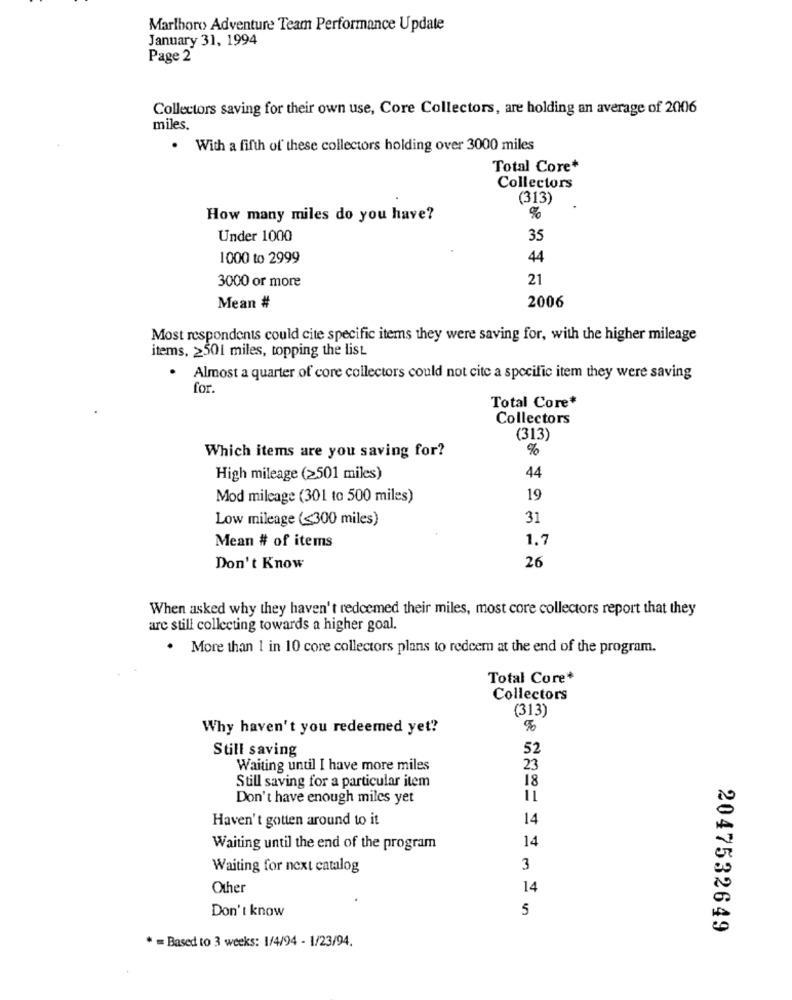
Marlboro Adventure Team Performance Update
January 31, 1994
Page 2
Collectors saving for their own use, Core Collectors, are holding an average of 2006
miles
. With a fifth of these collectors holding over 3000 miles
Total Core*
Collectors
(313)
How many miles do you have?
%
Under 1000
35
1000 to 2999
44
21
3000 or more
Mean #
2006
Most respondents could cite specific items they were saving for, with the higher mileage
items, 2501 miles, topping the list
.
Almost a quarter of core collectors could not cite a specific item they were saving
for.
Total Core*
Collectors
(313)
%
Which items are you saving for?
High mileage (2501 miles)
44
Mod mileage (301 to 500 miles)
19
Low mileage (<300 miles)
31
Mean # of items
1.7
26
Don't Know
When asked why they haven't redeemed their miles, most core collectors report that they
arc still collecting towards a higher goal.
. More than I in 10 core collectors plans to redeem at the end of the program.
Total Core*
Collectors
(313)
Why haven't you redeemed yet?
Still saving
52
Waiting until I have more miles
23
18
Still saving for a particular item
Don't have enough miles yet
Haven't gotten around to it
14
14
Waiting until the end of the program
Waiting for next catalog
3
Other
14
Don't know
5
2047532649
* = Based to 3 weeks: 1/4/94 - 1/23/94.